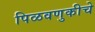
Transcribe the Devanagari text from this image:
पिळवणुकीचे